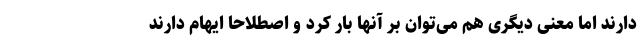
دارند اما معنی دیگری هم می‌توان بر آنها بار کرد و اصطلاحاً ایهام دارند